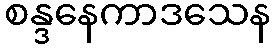
စန္ဒနေကာဒသေန